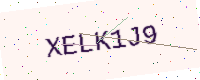
Text: XELK1J9